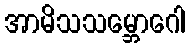
အာမိသသမ္ဘောဂေါ